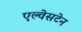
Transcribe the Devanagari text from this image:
एल्वेसटेन